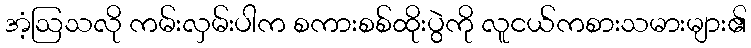
အံ့ဩသလို ကမ်းလှမ်းပါက စကားစစ်ထိုးပွဲကို လူငယ်ကစားသမားများ၏